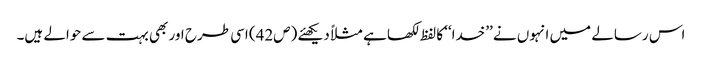
اس رسالے میں انہوں نے ’’خدا‘‘ کا لفظ لکھا ہے مثلاً دیکھئے (ص42) اسی طرح اور بھی بہت سے حوالے ہیں۔